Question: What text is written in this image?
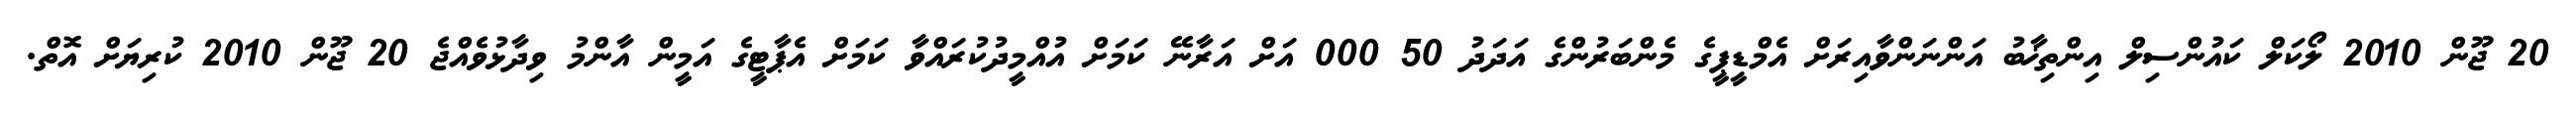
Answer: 20 ޖޫން 2010 ލޯކަލް ކައުންސިލް އިންތިޚާބު އަންނަންވާއިރަށް އެމްޑީޕީގެ މެންބަރުންގެ އަދަދު 50 000 އަށް އަރާނޭ ކަމަށް އުއްމީދުކުރައްވާ ކަމަށް އެޕާޓީގެ އަމީން އާންމު ވިދާޅުވެއްޖެ 20 ޖޫން 2010 ކުރިޔަށް އޮތް.